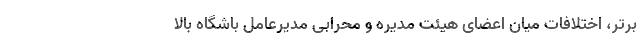
برتر، اختلافات میان اعضای هیئت مدیره و محرابی مدیرعامل باشگاه بالا